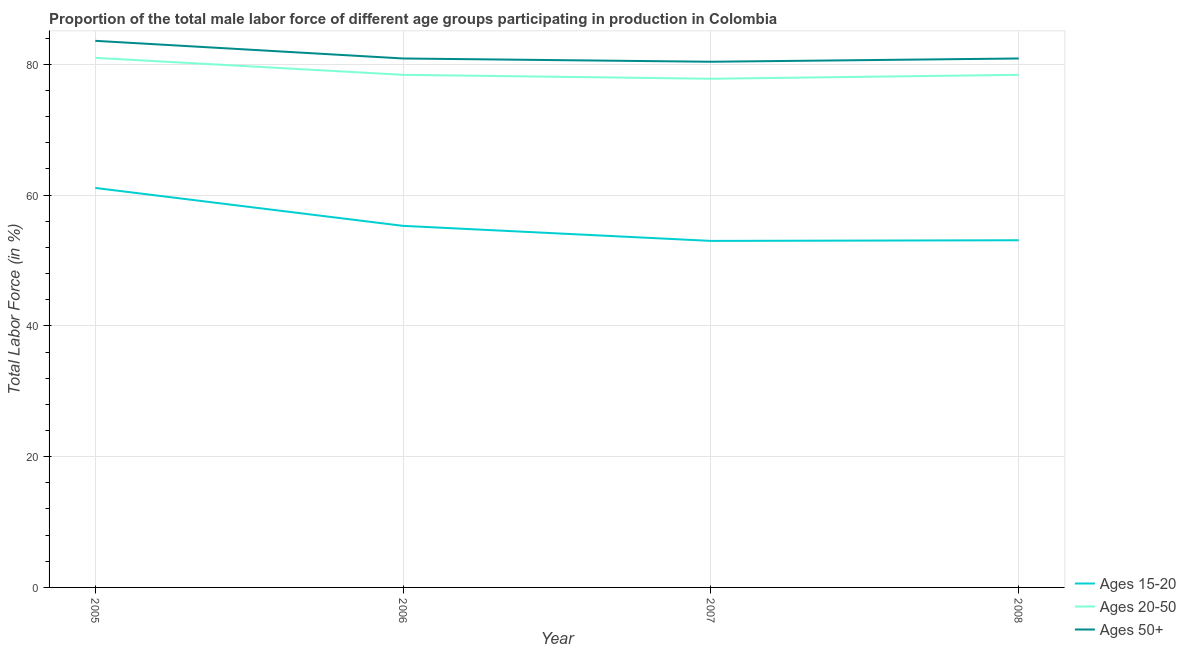
| Year | Ages 15-20 | Ages 20-50 | Ages 50+ |
 | --- | --- | --- | --- |
 | 2005 | 61.1 | 81 | 83.6 |
 | 2006 | 55.3 | 78.4 | 80.9 |
 | 2007 | 53 | 77.8 | 80.4 |
 | 2008 | 53.1 | 78.4 | 80.9 |